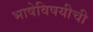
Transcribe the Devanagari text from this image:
भाषेविषयीची